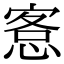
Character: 愙